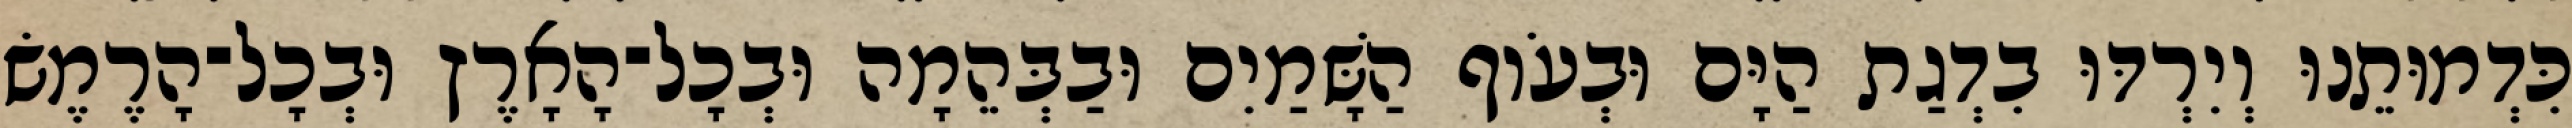
כִּדְמוּתֵנוּ וְיִרְדּוּ בִדְגַת הַיָּם וּבְעֹוף הַשָּׁמַיִם וּבַבְּהֵמָה וּבְכָל־הָאָרֶץ וּבְכָל־הָרֶמֶשׂ